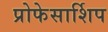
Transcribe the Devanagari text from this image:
प्रोफेसार्शिप